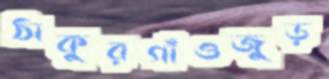
ঠাকুরগাঁওজুড়